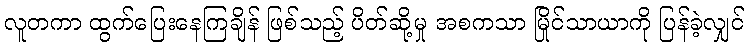
လူတကာ ထွက်ပြေးနေကြချိန် ဖြစ်သည့် ပိတ်ဆို့မှု အစကသာ မြိုင်သာယာကို ပြန်ခဲ့လျှင်